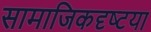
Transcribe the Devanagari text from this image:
सामाजिकदृष्‍टया